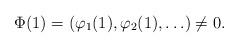
LaTeX: \begin{align*}\Phi(1) = (\varphi_1(1), \varphi_2(1), \ldots) \neq 0.\end{align*}